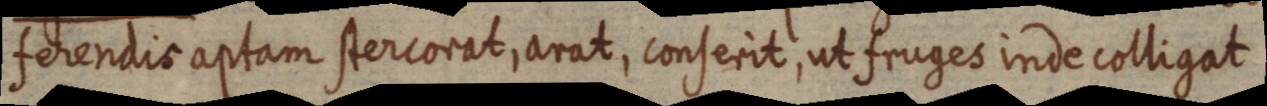
ferendis aptam stercorat, arat, conserit, ut fruges inde colligat